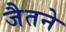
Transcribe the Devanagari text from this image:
जैतने